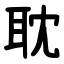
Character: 耽